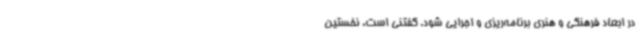
در ابعاد فرهنگی و هنری برنامه‌ریزی و اجرایی شود. گفتنی است، نخستین